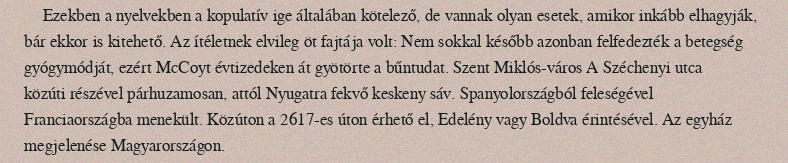
Ezekben a nyelvekben a kopulatív ige általában kötelező, de vannak olyan esetek, amikor inkább elhagyják, bár ekkor is kitehető. Az ítéletnek elvileg öt fajtája volt: Nem sokkal később azonban felfedezték a betegség gyógymódját, ezért McCoyt évtizedeken át gyötörte a bűntudat. Szent Miklós-város A Széchenyi utca közúti részével párhuzamosan, attól Nyugatra fekvő keskeny sáv. Spanyolországból feleségével Franciaországba menekült. Közúton a 2617-es úton érhető el, Edelény vagy Boldva érintésével. Az egyház megjelenése Magyarországon.